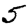
Digit: 5